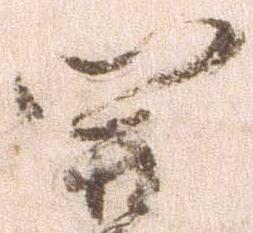
関